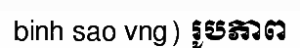
binh sao vng) រូបភាព